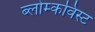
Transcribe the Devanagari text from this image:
ब्लोम्कविस्ट